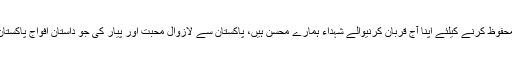
شہداء کے خاندانوں سے ملاقات میں گفتگو کرتے ہوئے محمد حنیف قادری نے کہا کہ ہمارا کل محفوظ کرنے کیلئے اپنا آج قربان کرنیوالے شہداء ہمارے محسن ہیں، پاکستان سے لازوال محبت اور پیار کی جو داستان افواج پاکستان نے اپنے لہو سے رقم کی ہے وہ رہتی دنیا تک تاریخ عالم کے سنہرے ابواب میں زندہ رہے گی۔